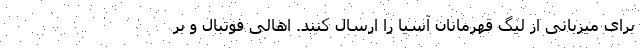
برای میزبانی از لیگ قهرمانان آسیا را ارسال کنند. اهالی فوتبال و بر